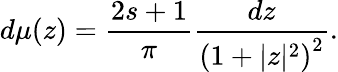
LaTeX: d\mu(z)=\frac{2s+1}{\pi}\frac{dz}{\left(1+|z|^{2}\right)^{2}}.